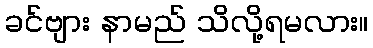
ခင်ဗျား နာမည် သိလို့ရမလား။